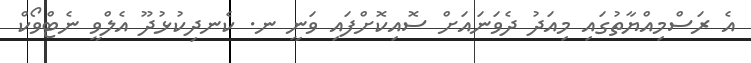
އެ ރަސްމިއްޔާތުގައި މިއަދު ދެވަނައަށް ސޮއިކޮށްފައި ވަނީ ނ. ކެނދިކުޅުދޫ އެލްވީ ނެޓްވޯކް